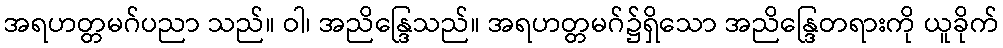
အရဟတ္တမဂ်ပညာ သည်။ ဝါ၊ အညိန္ဒြေသည်။ အရဟတ္တမဂ်၌ရှိသော အညိန္ဒြေတရားကို ယူခိုက်